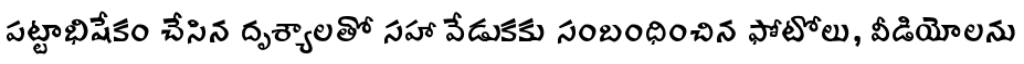
పట్టాభిషేకం చేసిన దృశ్యాలతో సహా వేడుకకు సంబంధించిన ఫోటోలు, వీడియోలను